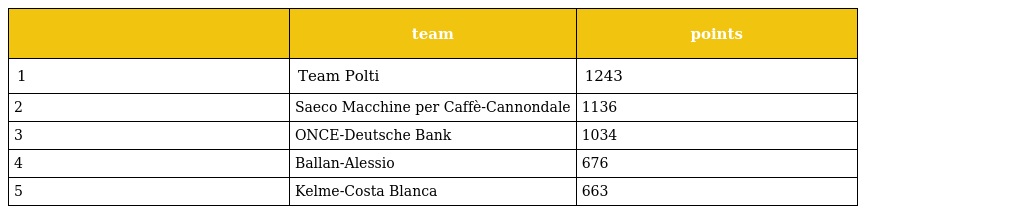
|  | team | points |
 | --- | --- | --- |
 | 1 | Team Polti | 1243 |
 | 2 | Saeco Macchine per Caffè-Cannondale | 1136 |
 | 3 | ONCE-Deutsche Bank | 1034 |
 | 4 | Ballan-Alessio | 676 |
 | 5 | Kelme-Costa Blanca | 663 |